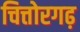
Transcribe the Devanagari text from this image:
चित्तोरगढ़